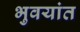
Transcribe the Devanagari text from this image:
भुवयांत